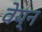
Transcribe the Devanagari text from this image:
वेय्न